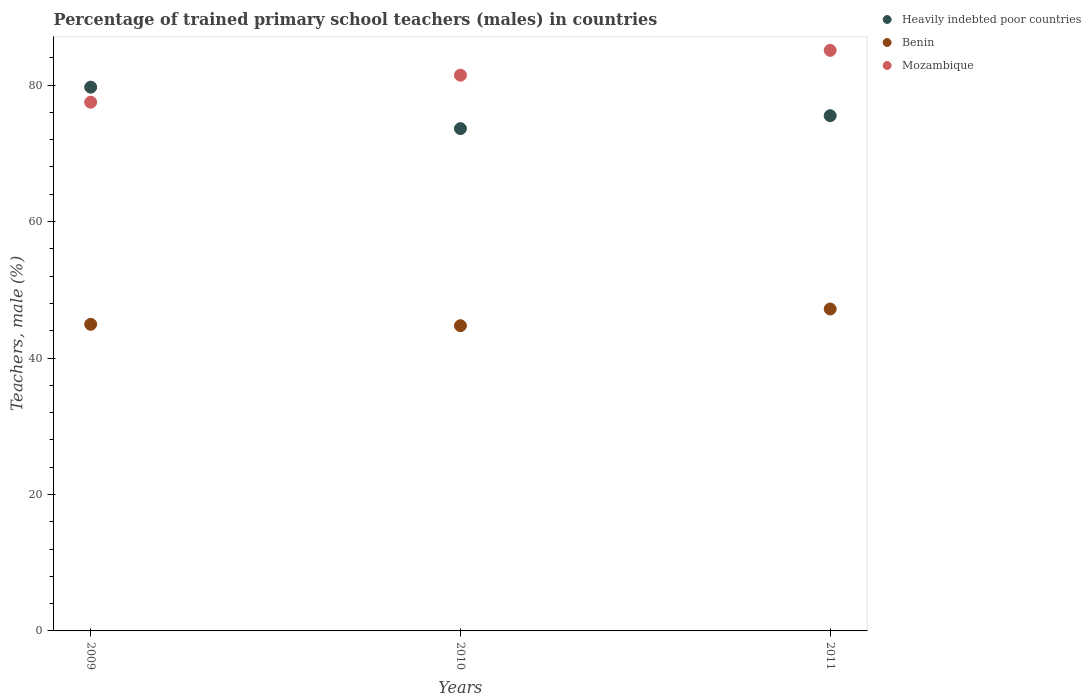
| Years | Heavily indebted poor countries | Benin | Mozambique |
 | --- | --- | --- | --- |
 | 2009 | 79.7 | 44.9 | 77.5 |
 | 2010 | 73.6 | 44.7 | 81.5 |
 | 2011 | 75.5 | 47.2 | 85.1 |